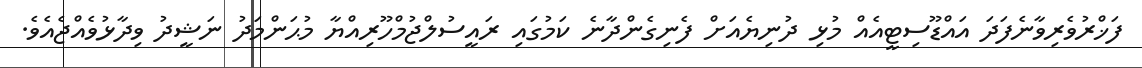
ފަޚްރުވެރިވާނެފަދަ އައްޑޫސިޓީއެއް މުޅި ދުނިޔެއަށް ފެނިގެންދާނެ ކަމުގައި ރައީސުލްޖުމްހޫރިއްޔާ މުޙަންމަދު ނަޝީދު ވިދާޅުވެއްޖެއެވެ.